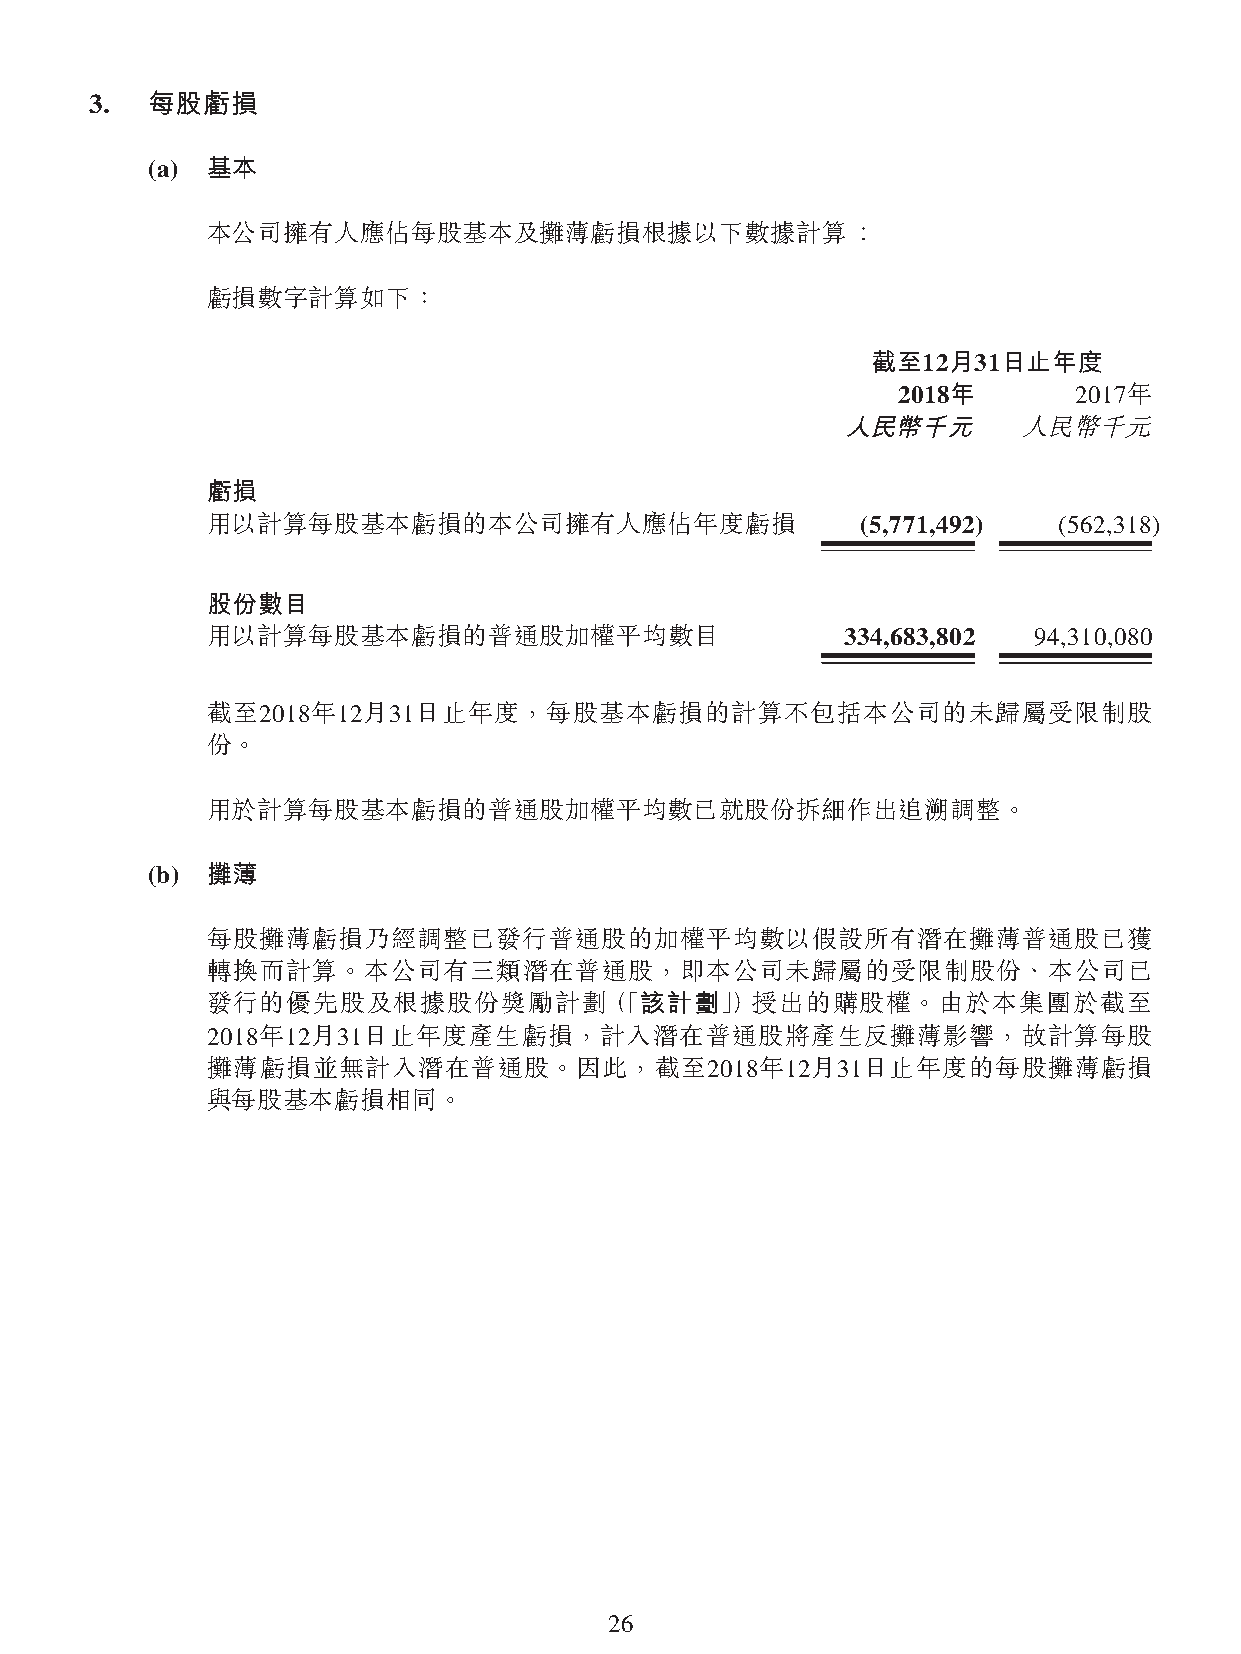
3.  每股虧損
 (a) 基本
 本公司擁有人應佔每股基本及攤薄虧損根據以下數據計算︰
 虧損數字計算如下：
 截至12月31日止年度
 2018年       2017年
 人民幣千元       人民幣千元
 虧損
 用以計算每股基本虧損的本公司擁有人應佔年度虧損                    (5,771,492)  (562,318)
 股份數目
 用以計算每股基本虧損的普通股加權平均數目                      334,683,802 94,310,080
 截至2018年12月31日止年度，每股基本虧損的計算不包括本公司的未歸屬受限制股
 份。
 用於計算每股基本虧損的普通股加權平均數已就股份拆細作出追溯調整。
 (b) 攤薄
 每股攤薄虧損乃經調整已發行普通股的加權平均數以假設所有潛在攤薄普通股已獲
 轉換而計算。本公司有三類潛在普通股，即本公司未歸屬的受限制股份、本公司已
 發行的優先股及根據股份獎勵計劃（「該計劃」）授出的購股權。由於本集團於截至
 2018年12月31日止年度產生虧損，計入潛在普通股將產生反攤薄影響，故計算每股
 攤薄虧損並無計入潛在普通股。因此，截至2018年12月31日止年度的每股攤薄虧損
 與每股基本虧損相同。
 26